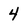
Character: 4